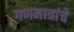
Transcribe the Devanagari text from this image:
गणमात्रांचे